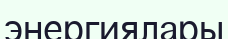
энергиялары